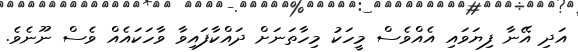
އަދި އޭނާ ފިޔަވައި އެއްވެސް މީހަކު މިހާތަނަށް ދައްކާފައިވާ ވާހަކައެއް ވެސް ނޫނެވެ.